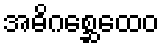
အဓိဂစ္ဆေထေဝ